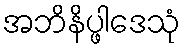
အဘိနိပ္ဖါဒေသုံ